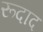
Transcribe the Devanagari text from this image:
रूदाद